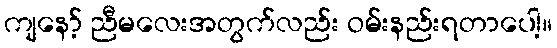
ကျနော့် ညီမလေးအတွက်လည်း ဝမ်းနည်းရတာပေါ့။